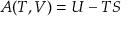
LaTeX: A ( T , V ) = U - T S